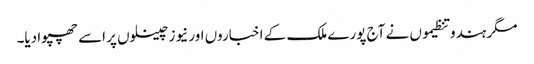
مگر ہندو تنظیموں نے آج پورے ملک کے اخباروں اور نیوز چینلوں پر اسے چھپوا دیا۔